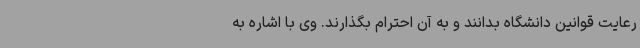
رعایت قوانین دانشگاه بدانند و به آن احترام بگذارند. وی با اشاره به